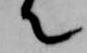
て